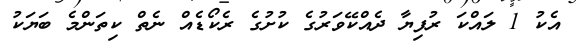
އެކު 1 ލައްކަ ރުފިޔާ ދެއްކޭވަރުގެ ކުށުގެ ރެކޯޑެއް ނެތް ކިތަންމެ ބަޔަކު